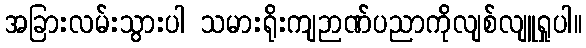
အခြားလမ်းသွားပါ သမားရိုးကျဉာဏ်ပညာကိုလျစ်လျူရှုပါ။